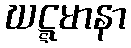
ဃဋ္ဋမာနာ